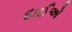
દાઈએ